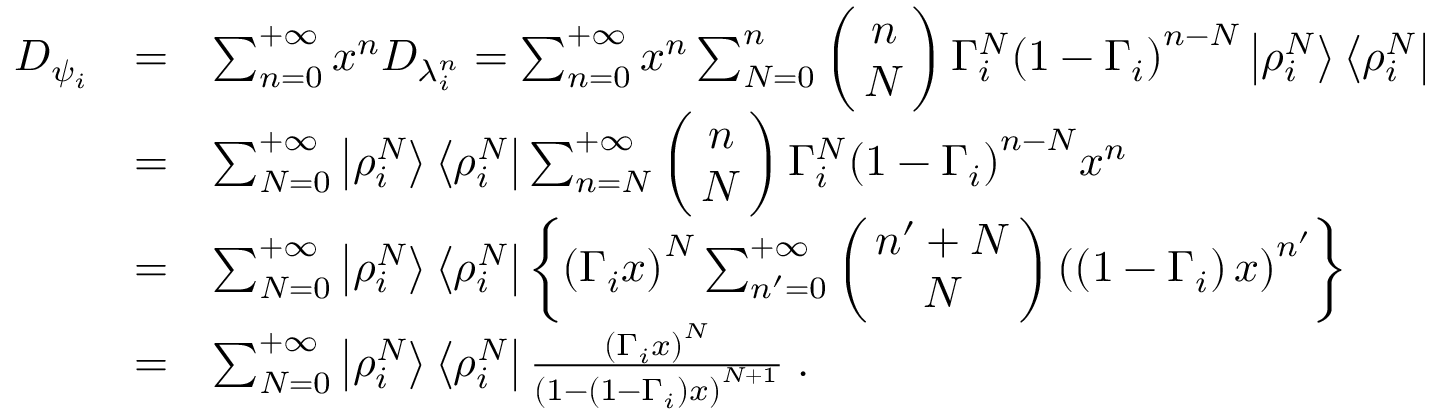
\begin{array} { r c l } { { D _ { \psi _ { i } } } } & { { = } } & { { \sum _ { n = 0 } ^ { + \infty } x ^ { n } D _ { \lambda _ { i } ^ { n } } = \sum _ { n = 0 } ^ { + \infty } x ^ { n } \sum _ { N = 0 } ^ { n } \left( \! \! \begin{array} { c } { { n } } \\ { { N } } \end{array} \! \! \right) \Gamma _ { i } ^ { N } { \left( 1 - \Gamma _ { i } \right) } ^ { n - N } \left| \rho _ { i } ^ { N } \right> \left< \rho _ { i } ^ { N } \right| } } \\ { { \ } } & { { = } } & { { \sum _ { N = 0 } ^ { + \infty } \left| \rho _ { i } ^ { N } \right> \left< \rho _ { i } ^ { N } \right| \sum _ { n = N } ^ { + \infty } \left( \! \! \begin{array} { c } { { n } } \\ { { N } } \end{array} \! \! \right) \Gamma _ { i } ^ { N } { \left( 1 - \Gamma _ { i } \right) } ^ { n - N } x ^ { n } } } \\ { { \ } } & { { = } } & { { \sum _ { N = 0 } ^ { + \infty } \left| \rho _ { i } ^ { N } \right> \left< \rho _ { i } ^ { N } \right| \left\{ { \left( \Gamma _ { i } x \right) } ^ { N } \sum _ { n ^ { \prime } = 0 } ^ { + \infty } \left( \! \! \begin{array} { c } { { { n ^ { \prime } + N } } } \\ { { N } } \end{array} \! \! \right) { \left( \left( 1 - \Gamma _ { i } \right) x \right) } ^ { n ^ { \prime } } \right\} } } \\ { { \ } } & { { = } } & { { \sum _ { N = 0 } ^ { + \infty } \left| \rho _ { i } ^ { N } \right> \left< \rho _ { i } ^ { N } \right| \frac { { \left( \Gamma _ { i } x \right) } ^ { N } } { { \left( 1 - \left( 1 - \Gamma _ { i } \right) x \right) } ^ { N + 1 } } \; . } } \end{array}